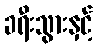
ခရီးသွားနှင့်